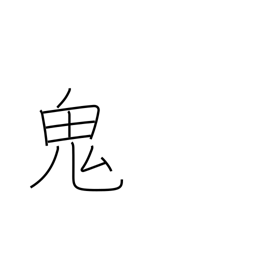
Meaning: ghost